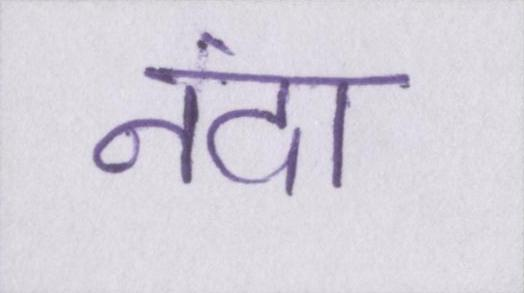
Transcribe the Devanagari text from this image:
नंदा